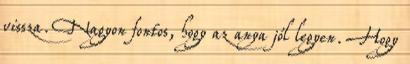
vissza. Nagyon fontos, hogy az anya jól legyen. Hogy